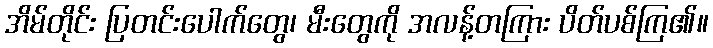
အိမ်တိုင်း ပြတင်းပေါက်တွေ၊ မီးတွေကို အလန့်တကြား ပိတ်ပစ်ကြ၏။